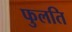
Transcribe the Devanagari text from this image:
फुलति